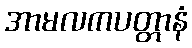
အာမလကပတ္တာနံ